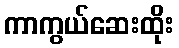
ကာကွယ်ဆေးထိုး